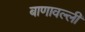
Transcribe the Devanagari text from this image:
बाणावल्ली